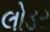
લોડર